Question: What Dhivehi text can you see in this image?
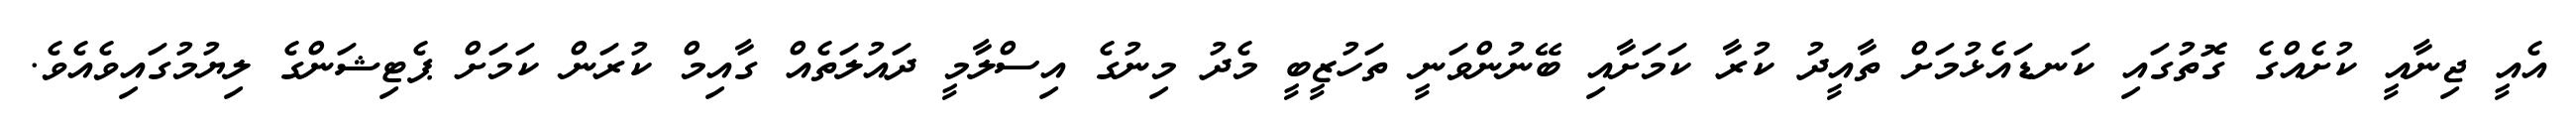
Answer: އެއީ ޖިނާއީ ކުށެއްގެ ގޮތުގައި ކަނޑައެޅުމަށް ތާއީދު ކުރާ ކަމަށާއި ބޭނުންވަނީ ތަހުޒީބީ މެދު މިނުގެ އިސްލާމީ ދައުލަތެއް ގާއިމް ކުރަން ކަމަށް ޕެޓިޝަންގެ ލިޔުމުގައިވެއެވެ.